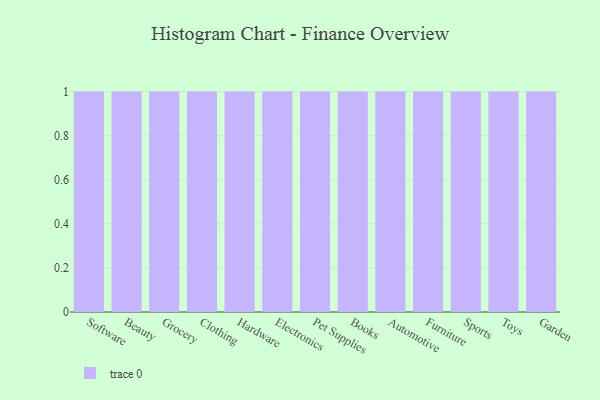
{"axis": {"x": "Category", "y": "Latency (ms)"}, "legend": [""], "data": [{"x": "Software", "y": 58, "type": ""}, {"x": "Beauty", "y": 28, "type": ""}, {"x": "Grocery", "y": 40, "type": ""}, {"x": "Clothing", "y": 21, "type": ""}, {"x": "Hardware", "y": 87, "type": ""}, {"x": "Electronics", "y": 76, "type": ""}, {"x": "Pet Supplies", "y": 17, "type": ""}, {"x": "Books", "y": 98, "type": ""}, {"x": "Automotive", "y": 80, "type": ""}, {"x": "Furniture", "y": 96, "type": ""}, {"x": "Sports", "y": 49, "type": ""}, {"x": "Toys", "y": 19, "type": ""}, {"x": "Garden", "y": 58, "type": ""}]}